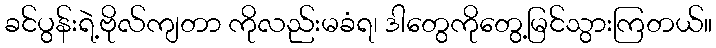
ခင်ပွန်းရဲ့ဗိုလ်ကျတာ ကိုလည်းမခံရ၊ ဒါတွေကိုတွေ့မြင်သွားကြတယ်။